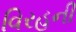
વિરહની